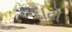
દાઢો